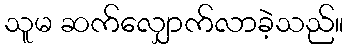
သူမ ဆက်လျှောက်လာခဲ့သည်။